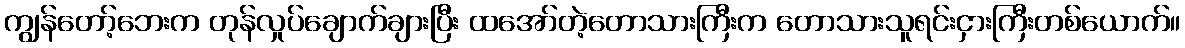
ကျွန်တော့်ဘေးက တုန်လှုပ်ချောက်ချားပြီး ထအော်တဲ့တောသားကြီးက တောသားသူရင်းငှားကြီးတစ်ယောက်။